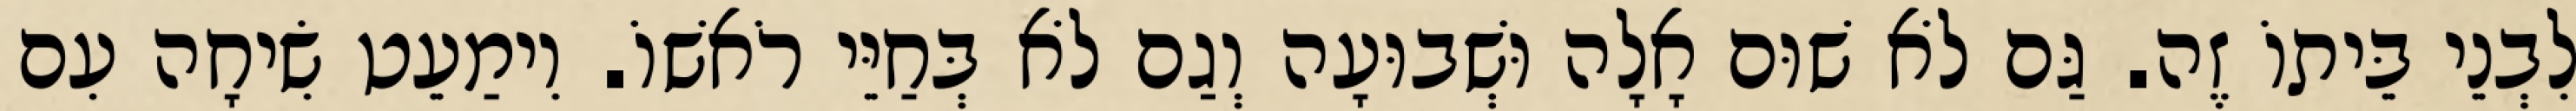
לִבְנֵי בֵּיתוֹ זֶה. גַּם לֹא שׁוּם אָלָה וּשְׁבוּעָה וְגַם לֹא בְּחַיֵּי רֹאשׁוֹ. וִימַעֵט שִׂיחָה עִם